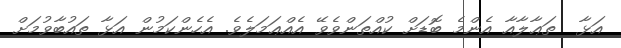
އަޅާ  ތަޢާލާއާ އެންމެ ބޮޑަށް ކުއްތަންވެވޭ އެއްޢަމަލެވެ. އެހެންކަމުން އަޅާ ތައުބާވުމަށް